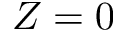
Z = 0